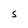
Character: S